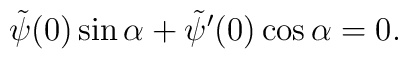
\tilde{\psi}(0) \sin\alpha + \tilde{\psi}'(0) \cos\alpha = 0.